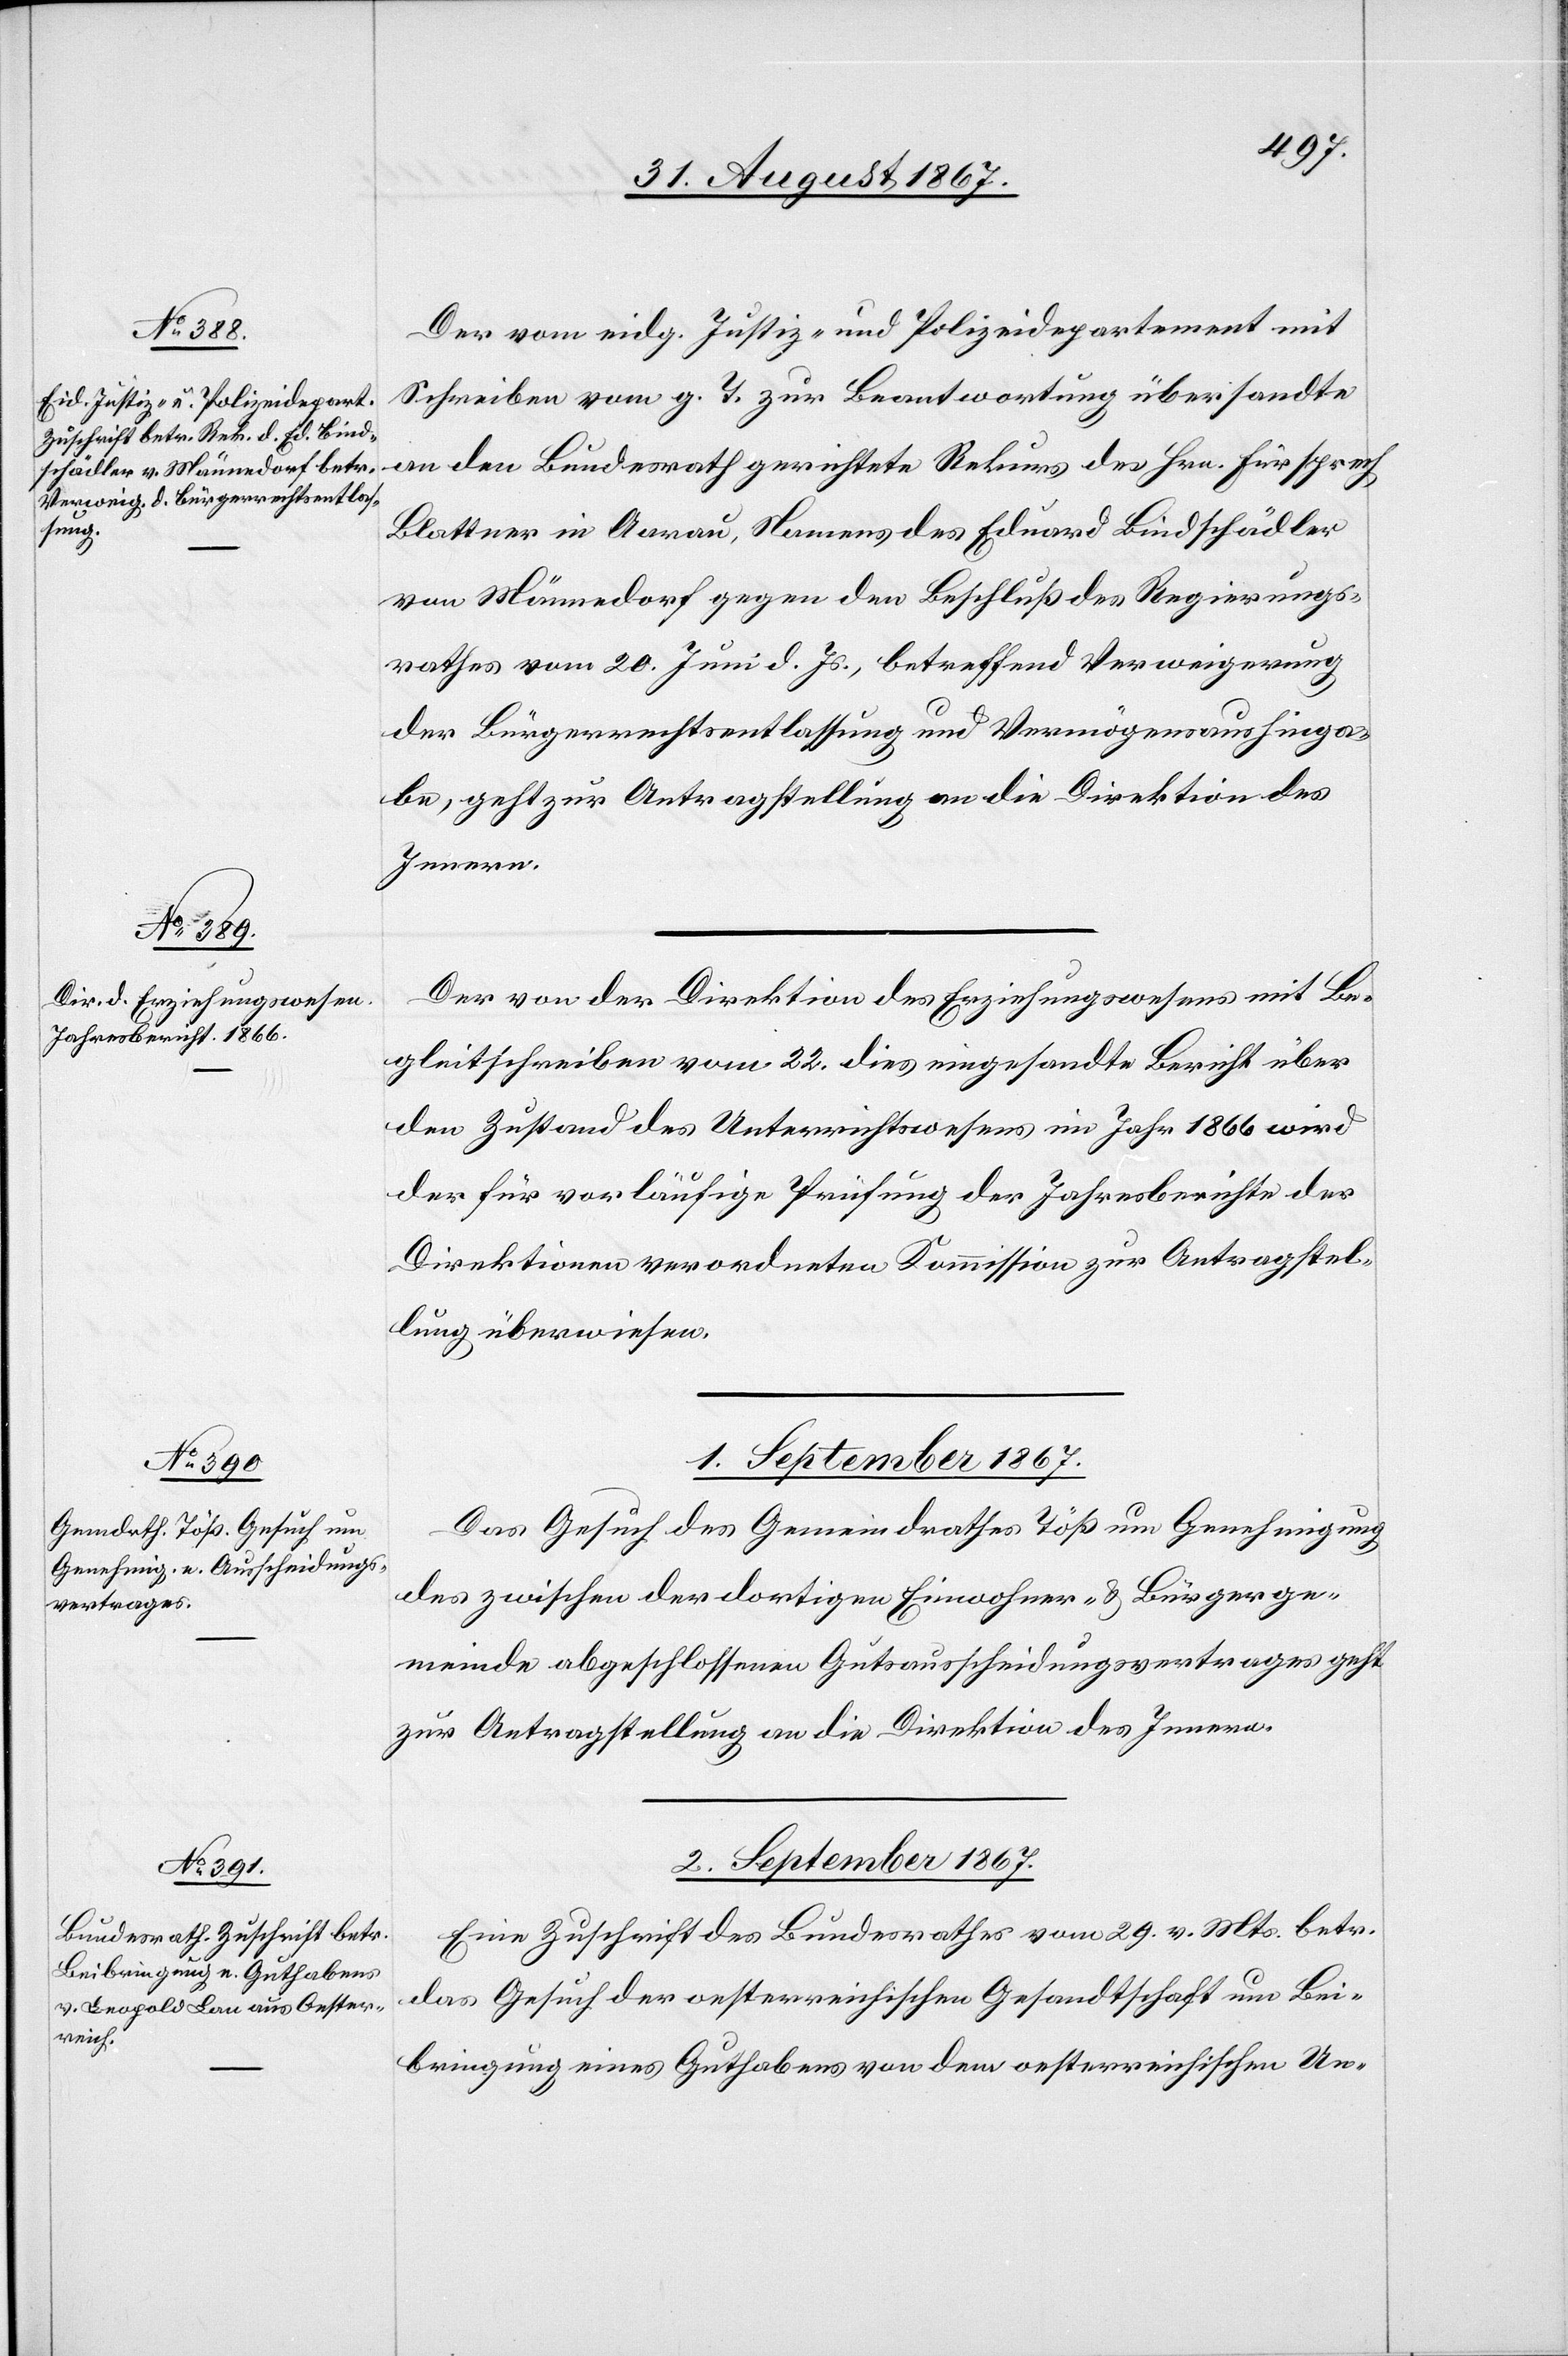
31. August 1867.]
Der vom eidg. Justiz- und Polizeidepartement mit
Schreiben vom g. T. zur Beantwortung übersandte
an den Bundesrath gerichtete Rekurs des Hrn. Fürsprech
Blattner in Aarau, Namens des Eduard Bindschädler
von Männedorf gegen den Beschluß des Regierungs¬
rathes vom 20. Juni d. Js., betreffend Verweigerung
der Bürgerrechtsentlassung und Vermögensaushinga¬
be, geht zur Antragstellung an die Direktion des
Innern.
Der von der Direktion des Erziehungswesens mit Be¬
gleitschreiben vom 22. dies eingesandte Bericht über
den Zustand des Unterrichtswesens im Jahr 1866 wird
der für vorläufige Prüfung der Jahresberichte der
Direktionen verordneten Kommission zur Antragstel¬
lung überwiesen.
1. September 1867.
Das Gesuch des Gemeindrathes Töß um Genehmigung
des zwischen der dortigen Einwohner- u. Bürgerge¬
meinde abgeschloßenen Gutsausscheidungsvertrages geht
zur Antragstellung an die Direktion des Innern.
2. September 1867.
Eine Zuschrift des Bundesrathes vom 29. v. Mts. betr.
das Gesuch der oesterreichischen Gesandtschaft um Bei¬
bringung eines Guthabens von dem oesterreichischen Un-